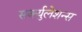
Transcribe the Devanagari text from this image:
सर्क्युलेशन्स